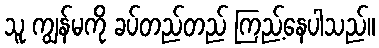
သူ ကျွန်မကို ခပ်တည်တည် ကြည့်နေပါသည်။